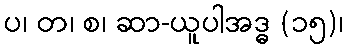
ပ၊ တ၊ စ၊ ဆာ-ယူပါအဒ္ဓ (၁၅)၊